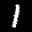
Label: 1